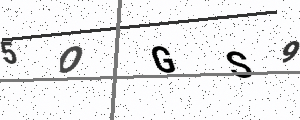
Text: 5OGS9